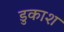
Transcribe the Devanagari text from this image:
डुकाश